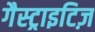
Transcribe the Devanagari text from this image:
गैस्ट्राइटिज़